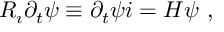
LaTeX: R _ { \i } \partial _ { t } \psi \equiv \partial _ { t } \psi i = H \psi ~ ,